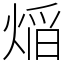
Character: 㷔